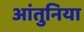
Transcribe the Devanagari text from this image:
आंतुनिया